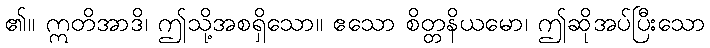
၏။ ဣတိအာဒိ၊ ဤသို့အစရှိသော။ ဧသော စိတ္တနိယမော၊ ဤဆိုအပ်ပြီးသော